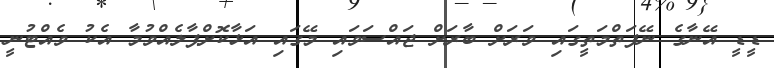
ޑީޑީ އޭނާގެ ނޭފަތްމަތީގައި ވަރަށް ބާރަށް ޖައްސަވައި މޭގައި އަޅާކޮށްޕާލެއްވުމާ އެކު ވެއްޓުނީ